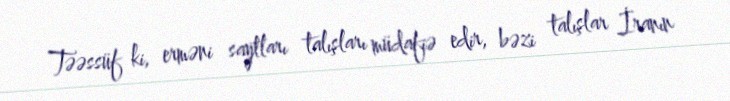
Təəssüf ki, erməni saytları talışları müdafiə edir, bəzi talışlar İranın